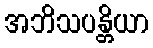
အဘိသပန္တိယာ